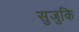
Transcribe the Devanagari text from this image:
सुजुकि